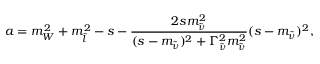
a = m _ { W } ^ { 2 } + m _ { \tilde { l } } ^ { 2 } - s - \frac { 2 s m _ { \tilde { \nu } } ^ { 2 } } { ( s - m _ { \tilde { \nu } } ) ^ { 2 } + \Gamma _ { \tilde { \nu } } ^ { 2 } m _ { \tilde { \nu } } ^ { 2 } } { ( s - m _ { \tilde { \nu } } ) ^ { 2 } } ,